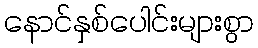
နောင်နှစ်ပေါင်းများစွာ